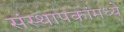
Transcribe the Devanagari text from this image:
संस्थापकांमध्ये